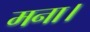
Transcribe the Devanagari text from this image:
मना।